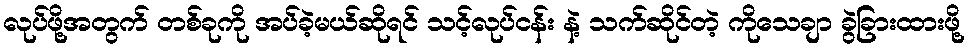
လုပ်ဖို့အတွက် တစ်ခုကို အပ်ခဲ့မယ်ဆိုရင် သင့်လုပ်ငန်း နဲ့ သက်ဆိုင်တဲ့ ကိုသေချာ ခွဲခြားထားဖို့